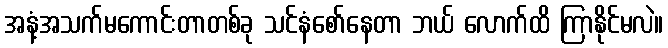
အနံ့အသက်မကောင်းတာတစ်ခု သင်နံစော်နေတာ ဘယ် လောက်ထိ ကြာနိုင်မလဲ။